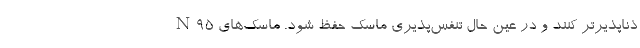
ذناپذیرتر کنند و در عین حال تنفس‌پذیری ماسک حفظ شود. ماسک‌های N۹۵